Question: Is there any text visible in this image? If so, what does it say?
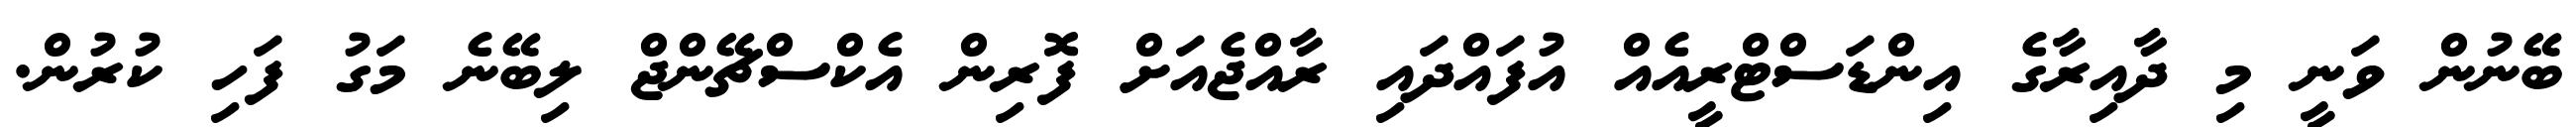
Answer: ބޭނުން ވަނީ މި ދާއިރާގެ އިންޑަސްޓްރީއެއް އުފައްދައި ރާއްޖެއަށް ފޮރިން އެކްސްޗޭންޖް ލިބޭނެ މަގު ފަހި ކުރުން.